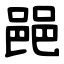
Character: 䣈